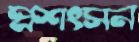
প্রশংসন